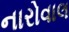
નારોવાલ